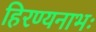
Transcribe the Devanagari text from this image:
हिरण्यनाभः